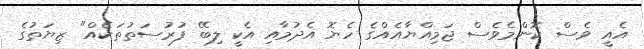
އެއީ ވެސް ކޮންމެވެސް ޖަމިއްޔާއެއްގެ ހެޔޮ އެދުމާއި އެކީ ލިބޭ ފުރުސަތުތަކެއް" ޒިޔަތުގެ